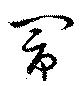
閙